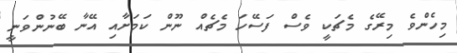
މިހެންވެ މިރޭގެ މެޗަކީ ވެސް ފަސޭހަ މެޗެއް ނޫން ކަމަށާއި އޭނާ ބޭނުންވަނީ